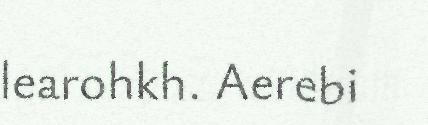
learohkh. Aerebi